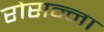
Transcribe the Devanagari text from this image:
रोसन्ना